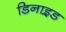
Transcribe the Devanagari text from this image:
डिनाइ़ड